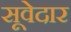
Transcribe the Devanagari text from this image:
सूवेदार